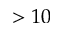
> 1 0